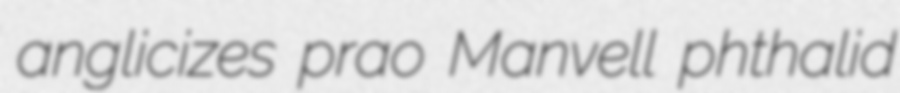
anglicizes prao Manvell phthalid